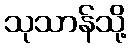
သုသာန်သို့